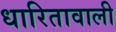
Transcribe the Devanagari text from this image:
धारितावाली